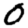
Digit: 0